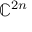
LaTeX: \mathbb { C } ^ { 2 n }